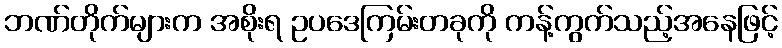
ဘဏ်တိုက်များက အစိုးရ ဥပဒေကြမ်းတခုကို ကန့်ကွက်သည့်အနေဖြင့်